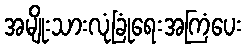
အမျိုးသားလုံခြုံရေးအကြံပေး